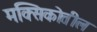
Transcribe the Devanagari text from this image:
मक्सिकोतील